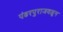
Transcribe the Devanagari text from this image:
पंढरपुराजवळून